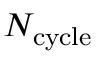
N _ { \mathrm { c y c l e } }